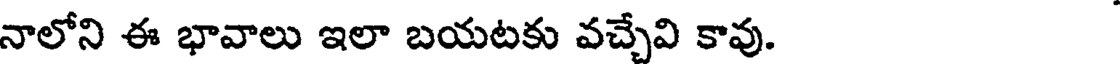
నాలోని ఈ భావాలు ఇలా బయటకు వచ్చేవి కావు.